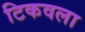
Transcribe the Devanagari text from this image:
टिकवला